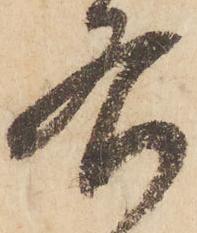
右